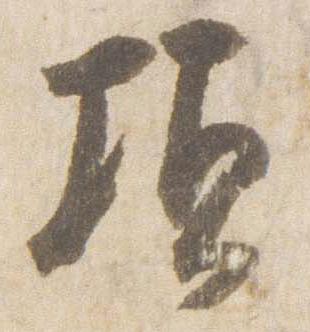
頃